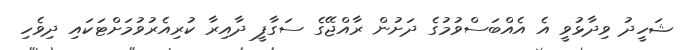
ޝަހީދު ވިދާޅުވީ އެ އެއްބަސްވުމުގެ ދަށުން ރާއްޖޭގެ ސަގާފީ ދާއިރާ ކުރިއެރުވުމަށްޓަކައި ދިވެހި